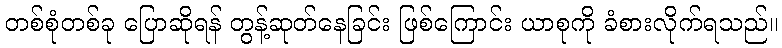
တစ်စုံတစ်ခု ပြောဆိုရန် တွန့်ဆုတ်နေခြင်း ဖြစ်ကြောင်း ယာစုကို ခံစားလိုက်ရသည်။